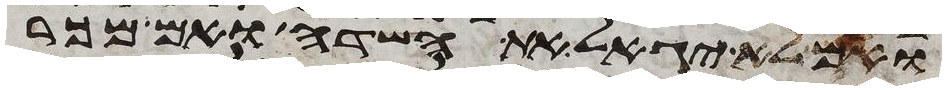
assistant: ואם לא יגאל את השדה ואם מכר